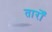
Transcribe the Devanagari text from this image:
तारोँ